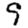
Digit: 9